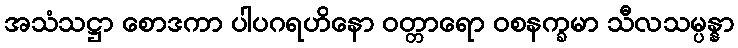
အသံသဋ္ဌာ စောဒကာ ပါပဂရဟိနော ဝတ္တာရော ဝစနက္ခမာ သီလသမ္ပန္နာ